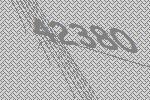
42380